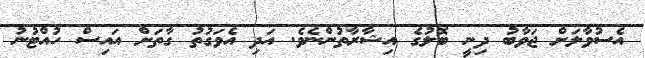
އެސުވާލަށް ޖަވާބު ދިނީ ބޮލުގެ އިޝާރާތުންނެވެ. އަދި އެވަގުތު ގާތަށް އައިސް ހުއްޓުނު